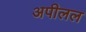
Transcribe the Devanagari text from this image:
अपीलल